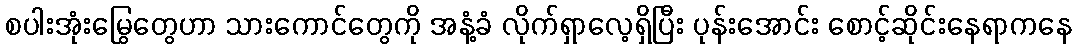
စပါးအုံးမြွေတွေဟာ သားကောင်တွေကို အနံ့ခံ လိုက်ရှာလေ့ရှိပြီး ပုန်းအောင်း စောင့်ဆိုင်းနေရာကနေ